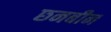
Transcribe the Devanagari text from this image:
छनबीन